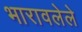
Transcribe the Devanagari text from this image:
भारावलेले